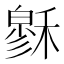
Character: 𥡻